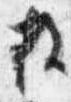
枚